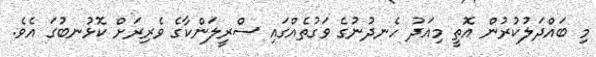
މި ބައްދަލުކުރުން އޮތީ މިއަދު ހެނދުނުގެ ވަގުތެއްގައި ސްރީލަންކާގެ ވެރިރަށް ކޮޅުނބުގަ އެވެ.